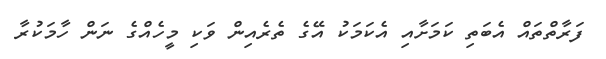
ފަރާތްތައް އެބަތި ކަމަށާއި އެކަމަކު އޭގެ ތެރެއިން ވަކި މީހެއްގެ ނަން ހާމަކުރާ